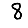
Digit: 8